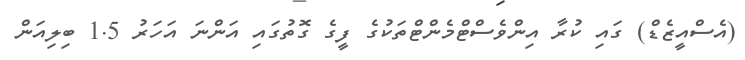
(އެސްއީޒެޑް) ގައި ކުރާ އިންވެސްޓްމެންޓްތަކުގެ ފީގެ ގޮތުގައި އަންނަ އަހަރު 1.5 ބިލިއަން